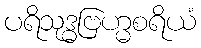
ပရိသုဒ္ဓဗြဟ္မစရိယံ